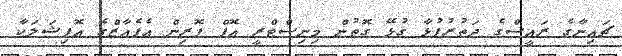
ޗައިނާގެ ރައީސްގެ ދަތުރުފުޅާ ގުޅޭ ގޮތުން މިނިސްޓްރީ އޮފް ފޮރިން އެފެއާޒްގެ އޮފިޝަލަކާ